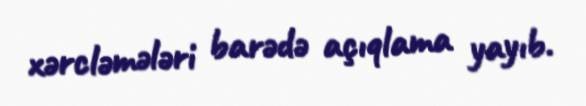
xərcləmələri barədə açıqlama yayıb.